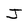
Character: J